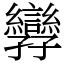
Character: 㝈